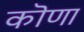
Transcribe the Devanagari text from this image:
कॊणा